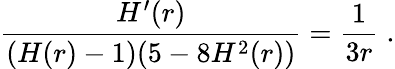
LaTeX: \frac{H^{\prime}(r)}{(H(r)-1)(5-8H^{2}(r))}=\frac{1}{3r}\; .